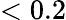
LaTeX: <0.2